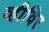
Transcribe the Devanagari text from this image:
व्हीविर